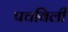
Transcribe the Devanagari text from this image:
पचविली